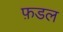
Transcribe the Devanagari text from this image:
फ़डल